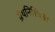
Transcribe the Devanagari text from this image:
ग्रंथनिश्चिती